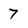
Character: 7